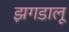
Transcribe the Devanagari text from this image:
झगडालू